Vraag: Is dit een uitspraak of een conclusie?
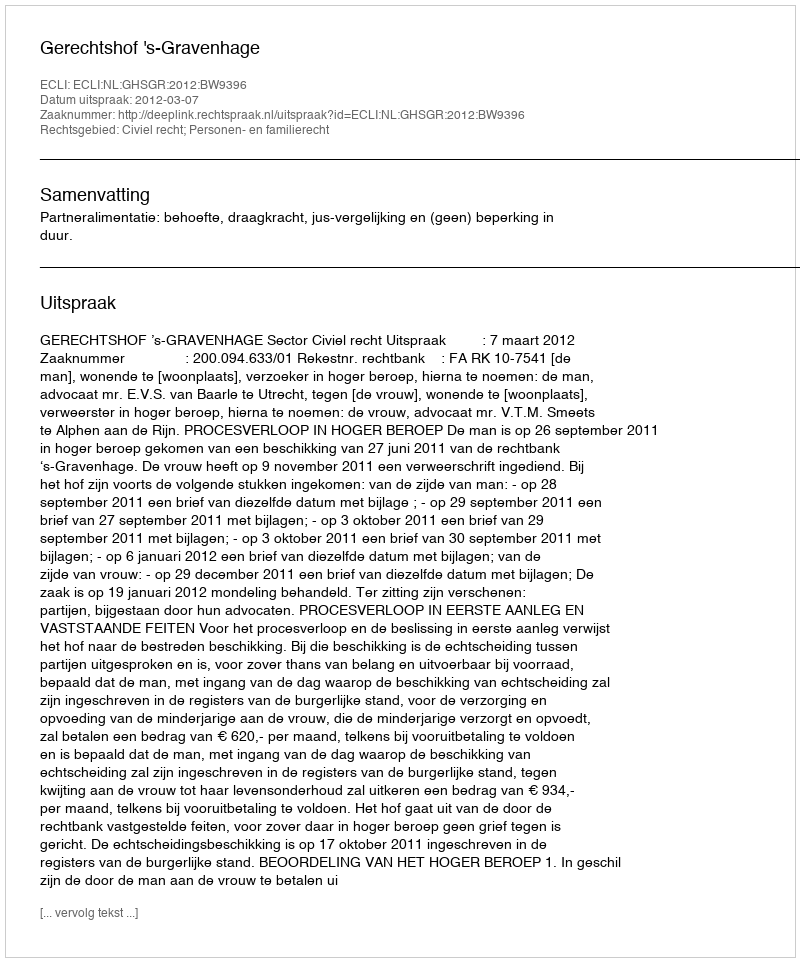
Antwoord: Uitspraak